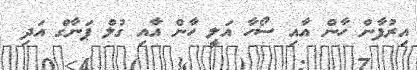
އިރުފާން ހާން އާއި ސޯހާ އަލީ ހާން އާއި ގުލް ޕަނާގް އަދި